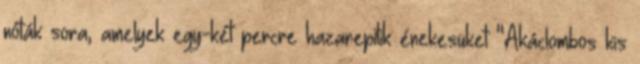
nóták sora, amelyek egy-két percre hazarepítik énekesüket "Akáclombos kis